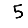
Digit: 5